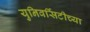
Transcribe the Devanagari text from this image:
युनिवर्सिटीच्या